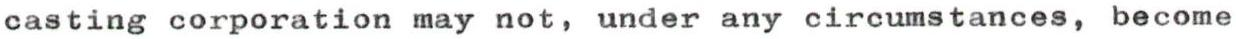
casting corporation may not, under any circumstances, become